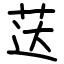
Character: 荙